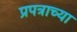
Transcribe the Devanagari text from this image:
प्रपत्राच्या